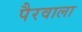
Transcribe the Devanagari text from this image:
पैरवाला